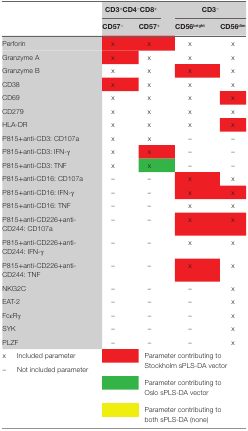
<table><thead><tr><td colspan="2"></td><td colspan="2"><b>CD3<sup>+</sup>CD4<sup>−</sup>CD8<sup>+</sup></b></td><td colspan="2"><b>CD3<sup>−</sup></b></td></tr><tr><td colspan="2"></td><td><b>CD57<sup>−</sup></b></td><td><b>CD57<sup>+</sup></b></td><td><b>CD56<sup>bright</sup></b></td><td><b>CD56<sup>dim</sup></b></td></tr></thead><tbody><tr><td colspan="2">Perforin</td><td>x</td><td>x</td><td>x</td><td>x</td></tr><tr><td colspan="2">Granzyme A</td><td>x</td><td>x</td><td>x</td><td>x</td></tr><tr><td colspan="2">Granzyme B</td><td>x</td><td>x</td><td>x</td><td>x</td></tr><tr><td colspan="2">CD38</td><td>x</td><td>x</td><td>x</td><td>x</td></tr><tr><td colspan="2">CD69</td><td>x</td><td>x</td><td>x</td><td>x</td></tr><tr><td colspan="2">CD279</td><td>x</td><td>x</td><td>x</td><td>x</td></tr><tr><td colspan="2">HLA-DR</td><td>x</td><td>x</td><td>x</td><td>x</td></tr><tr><td colspan="2">P815+anti-CD3: CD107a</td><td>x</td><td>x</td><td>–</td><td>–</td></tr><tr><td colspan="2">P815+anti-CD3: IFN-γ</td><td>x</td><td>x</td><td>–</td><td>–</td></tr><tr><td colspan="2">P815+anti-CD3: TNF</td><td>x</td><td>x</td><td>–</td><td>–</td></tr><tr><td colspan="2">P815+anti-CD16: CD107a</td><td>–</td><td>–</td><td>x</td><td>x</td></tr><tr><td colspan="2">P815+anti-CD16: IFN-γ</td><td>–</td><td>–</td><td>x</td><td>x</td></tr><tr><td colspan="2">P815+anti-CD16: TNF</td><td>–</td><td>–</td><td>x</td><td>x</td></tr><tr><td colspan="2">P815+anti-CD226+anti-CD244: CD107a</td><td>–</td><td>–</td><td>x</td><td>x</td></tr><tr><td colspan="2">P815+anti-CD226+anti-CD244: IFN-γ</td><td>–</td><td>–</td><td>x</td><td>x</td></tr><tr><td colspan="2">P815+anti-CD226+anti-CD244: TNF</td><td>–</td><td>–</td><td>x</td><td>x</td></tr><tr><td colspan="2">NKG2C</td><td>–</td><td>–</td><td>–</td><td>x</td></tr><tr><td colspan="2">EAT-2</td><td>–</td><td>–</td><td>–</td><td>x</td></tr><tr><td colspan="2">FcεRγ</td><td>–</td><td>–</td><td>–</td><td>x</td></tr><tr><td colspan="2">SYK</td><td>–</td><td>–</td><td>–</td><td>x</td></tr><tr><td colspan="2">PLZF</td><td>–</td><td>–</td><td>–</td><td>x</td></tr><tr><td>x</td><td>Included parameter</td><td></td><td colspan="3">Parameter contributing to Stockholm sPLS-DA vector</td></tr><tr><td>–</td><td>Not included parameter</td><td colspan="4"></td></tr><tr><td colspan="2"></td><td></td><td colspan="3">Parameter contributing to Oslo sPLS-DA vector</td></tr><tr><td colspan="2"></td><td></td><td colspan="3">Parameter contributing to both sPLS-DA (none)</td></tr></tbody></table>